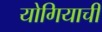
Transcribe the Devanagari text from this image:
योगियाची